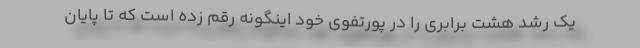
یک رشد هشت برابری را در پورتفوی خود اینگونه رقم زده است که تا پایان